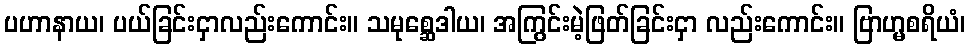
ပဟာနာယ၊ ပယ်ခြင်းငှာလည်းကောင်း။ သမုစ္ဆေဒါယ၊ အကြွင်းမဲ့ဖြတ်ခြင်းငှာ လည်းကောင်း။ ဗြာဟ္မစရိယံ၊